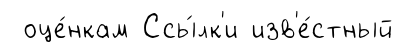
оце́нкам Ссы́лк'и изв'е́стный